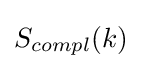
S_{compl}(k)